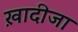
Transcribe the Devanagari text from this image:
ख़ादीजा